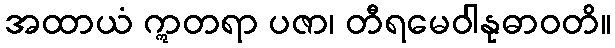
အထာယံ ဣတရာ ပဇာ၊ တီရမေဝါနုဓာဝတိ။